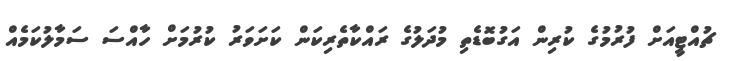
ޗުއްޓީއަށް ފުރުމުގެ ކުރިން އަގުބޮޑެތި މުދަލުގެ ރައްކާތެރިކަން ކަށަވަރު ކުރުމަށް ހާއްސަ ސަމާލުކަމެއް